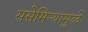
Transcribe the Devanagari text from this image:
ससेमिऱ्यामुळे